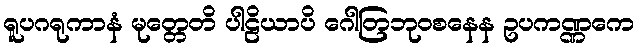
ရူပဂရုကာနံ မုတ္တေတိ ပါဠိယာပိ ဂေါတြဘုဝစနေန ဥပကဏ္ဏကေ